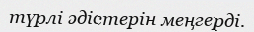
түрлі әдістерін меңгерді.